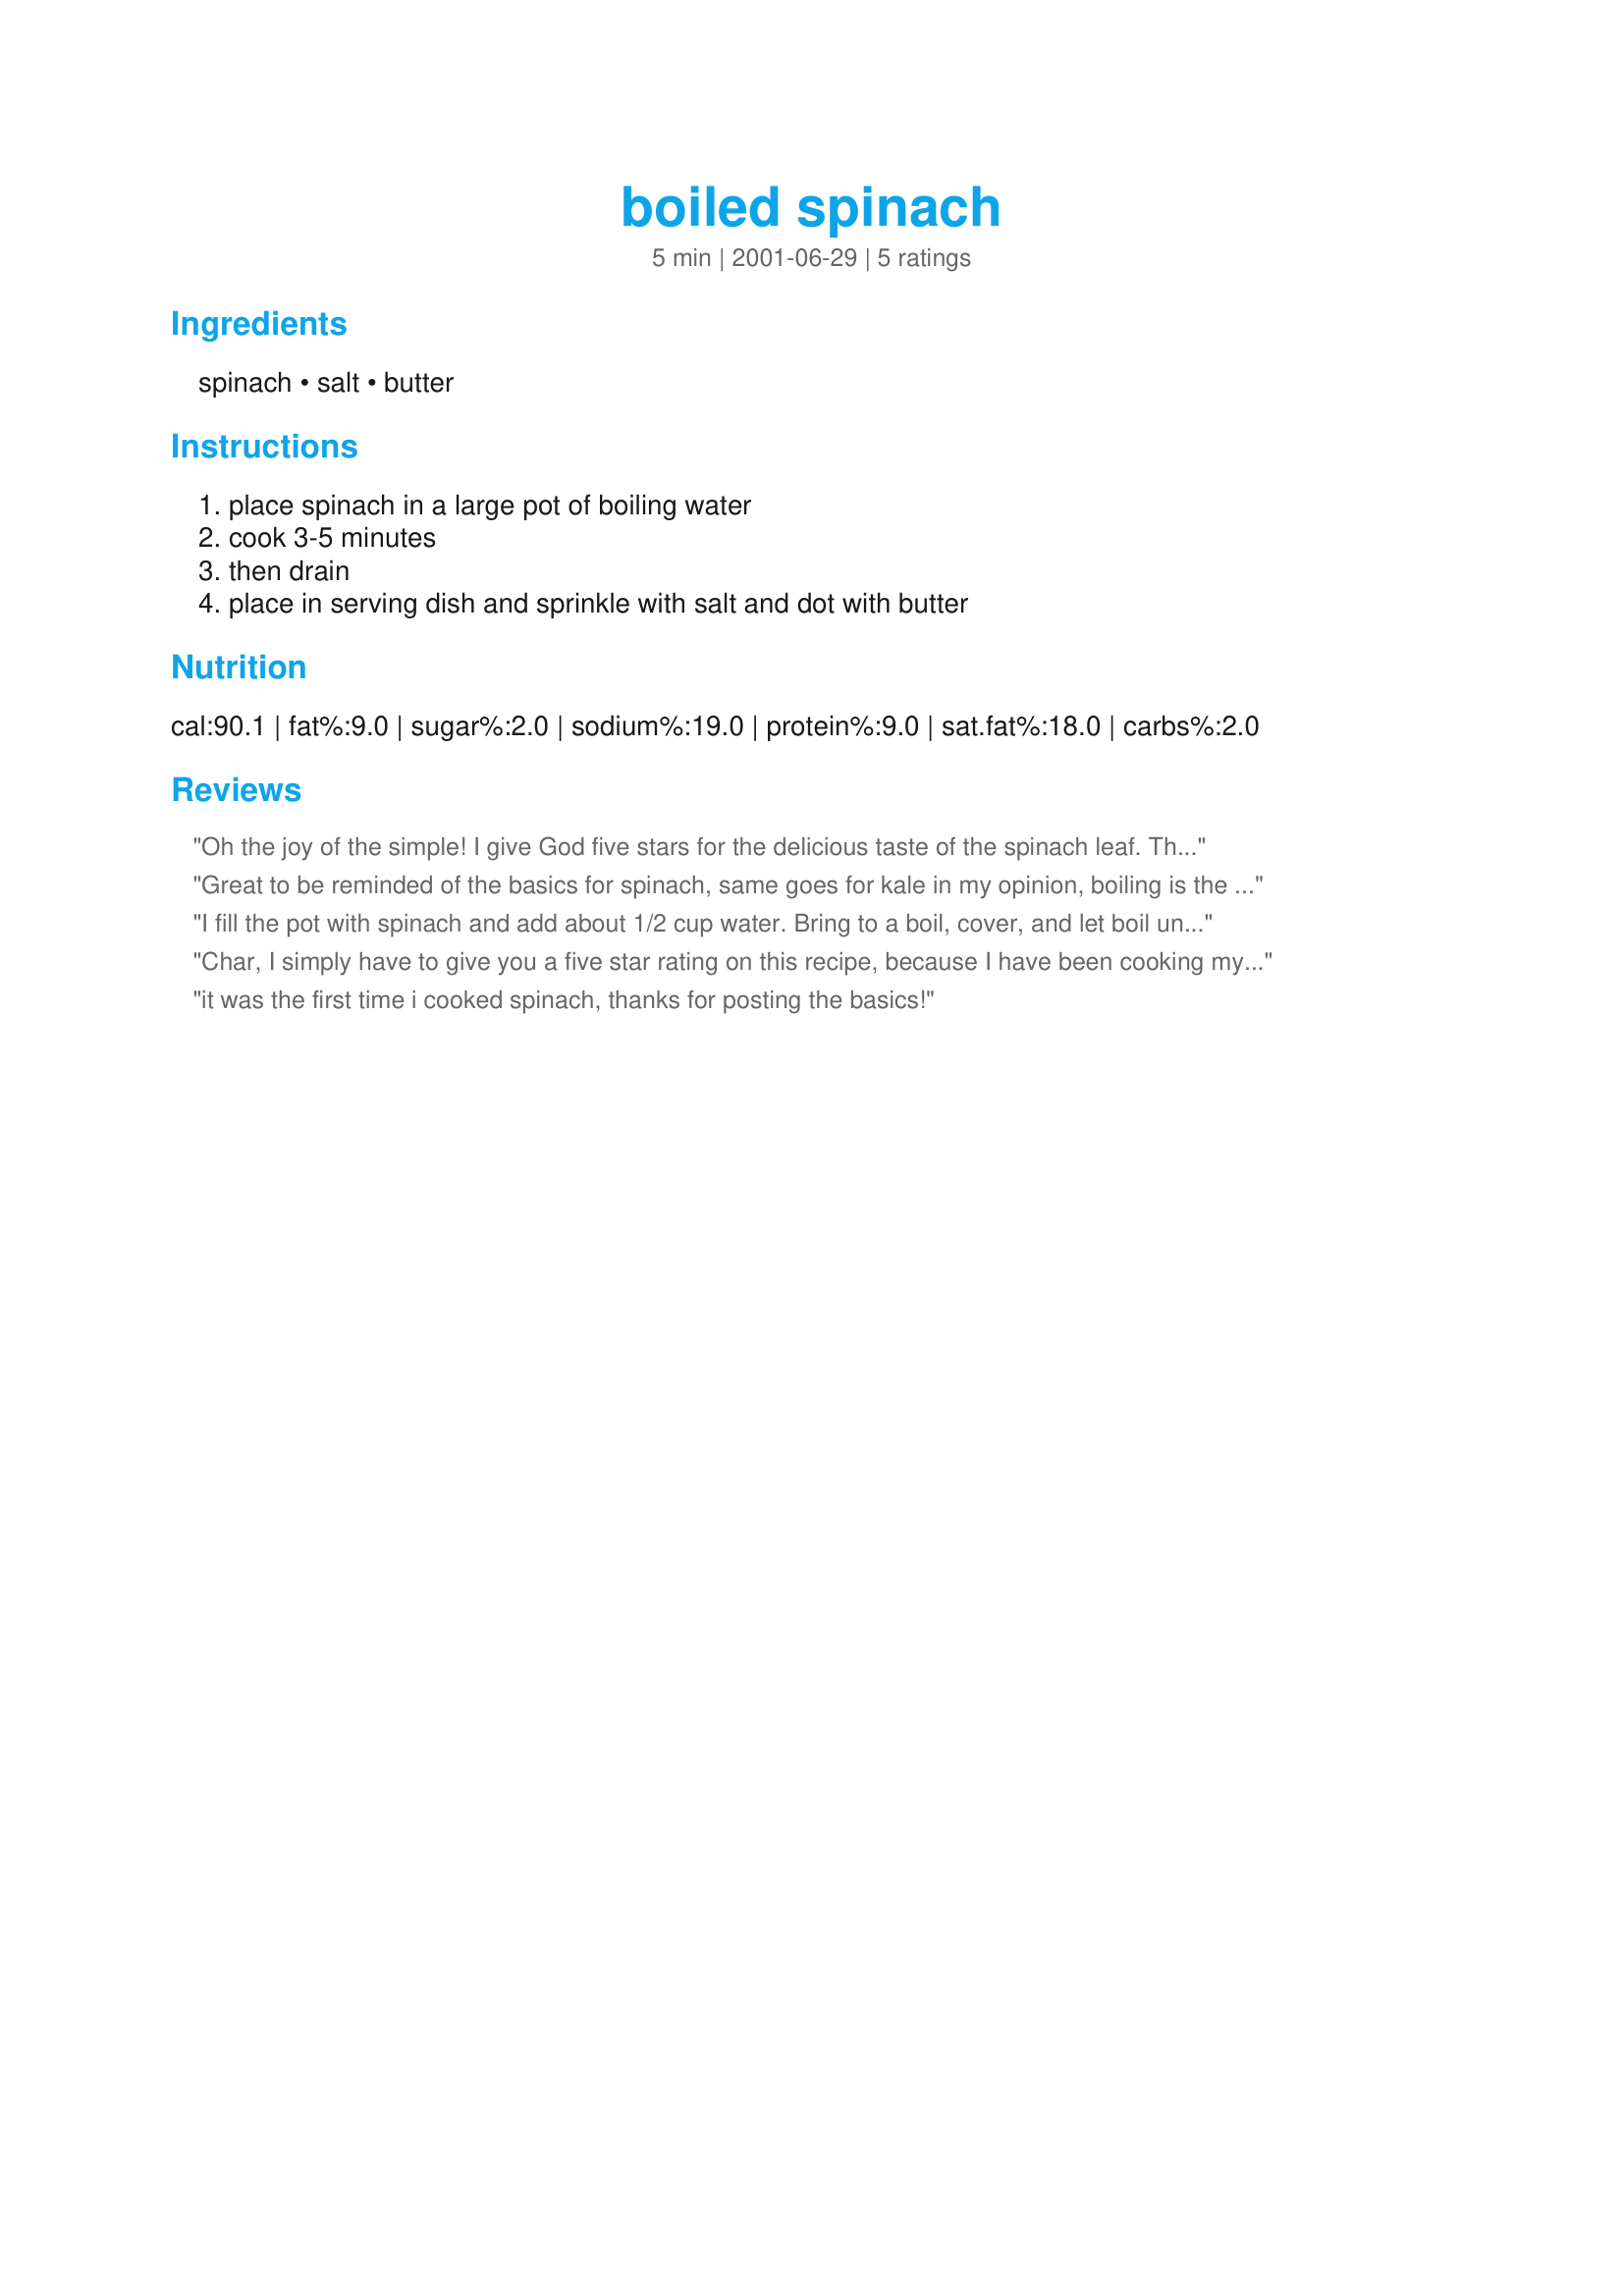
boiled spinach
Preparation time: 5 minutes

Ingredients:
spinach, salt, butter

Steps:
place spinach in a large pot of boiling water, cook 3-5 minutes, then drain, place in serving dish and sprinkle with salt and dot with butter

Reviews:
Oh the joy of the simple! I give God five stars for the delicious taste of the spinach leaf. This is my favorite way of cokking and eating it. Thanks Charishma for sharing it.
Great to be reminded of the basics for spinach, same goes for kale in my opinion, boiling is the best way to go. It removes the oxalates, which are poisonous in large quantities, and are why you have to be careful juicing spinach or kale, and why it&#039;s important to squeeze out the remaining water once you are done with the boiling. I never understand, however, why a recipe says to pat dry something in preparation that you are then going to put right back in the water for cooking. I skip that step!
I fill the pot with spinach and add about 1/2 cup water. Bring to a boil, cover, and let boil until tender. I do beet greens the same way. I do love the salt and butter. I had never tried that before.
Char, I simply have to give you a five star rating on this recipe, because I have been cooking my spinach like this for years!! We love fresh cooked spinach in our house and have it often. Thank you for posting this, Char!
it was the first time i cooked spinach, thanks for posting the basics!
